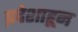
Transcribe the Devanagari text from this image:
प्रदेशाहून